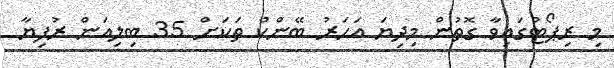
މި ރިޕޯޓުގައިވާ ގޮތުން މިދިޔަ އަހަރު ބޭންކް ތަކަށް 35 ބިލިއަން ރުފިޔާ